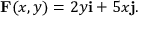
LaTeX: \mathbf { F } ( x , y ) = 2 y \mathbf { i } + 5 x \mathbf { j } .